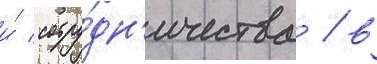
и́ сотру́дн'ичества / в